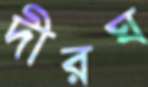
দীরঘ